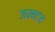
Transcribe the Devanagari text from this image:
जन्नाथ